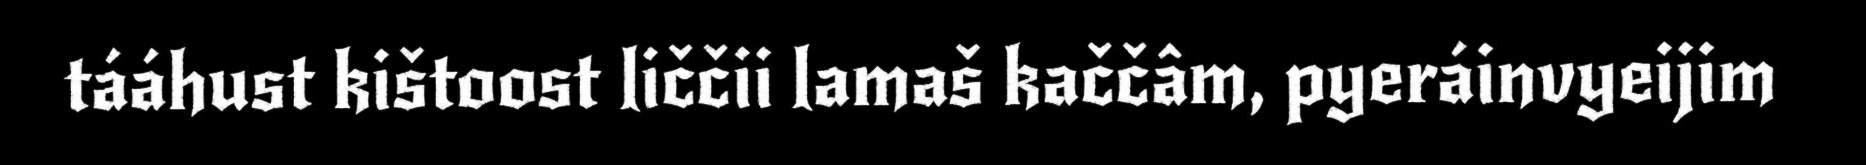
tááhust kištoost liččii lamaš kaččâm, pyeráinvyeijim